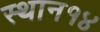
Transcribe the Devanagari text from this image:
स्थान१४